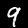
Digit: 9